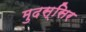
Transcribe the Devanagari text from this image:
मुदस्सिर